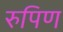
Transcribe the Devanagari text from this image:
रुपिण